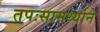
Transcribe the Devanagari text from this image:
तपःसामर्थ्याने